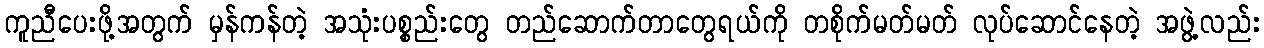
ကူညီပေးဖို့အတွက် မှန်ကန်တဲ့ အသုံးပစ္စည်းတွေ တည်ဆောက်တာတွေရယ်ကို တစိုက်မတ်မတ် လုပ်ဆောင်နေတဲ့ အဖွဲ့လည်း